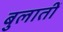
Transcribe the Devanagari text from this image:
बुलातीं